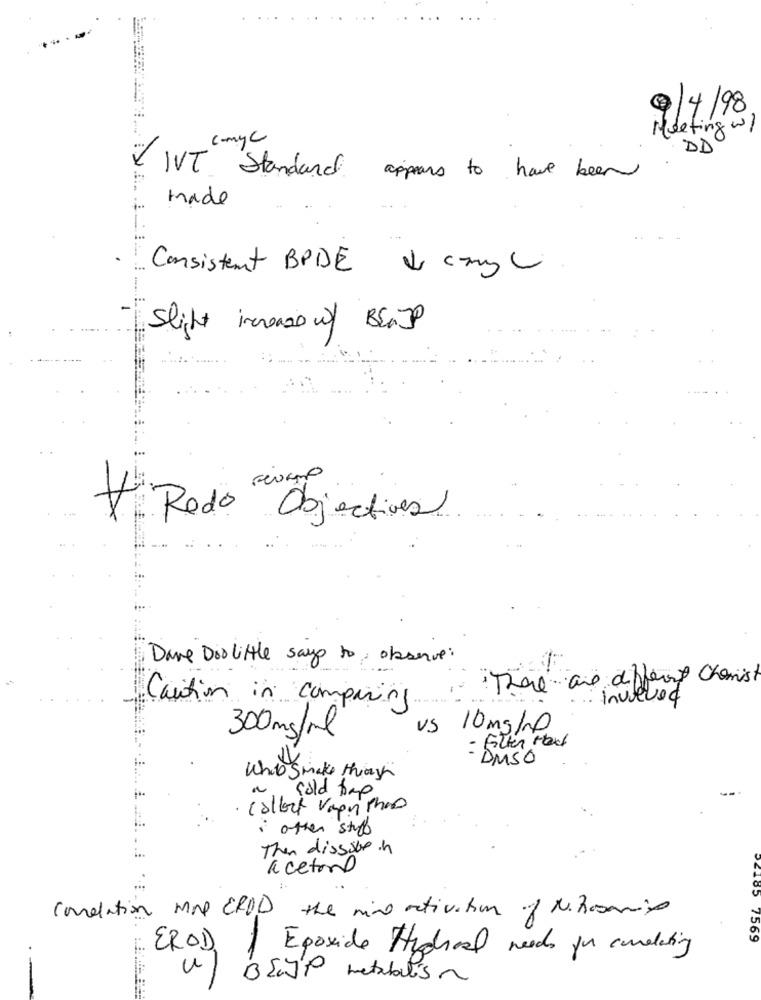
9/4/98
Meeting w/
comyc
DD
V IVT Standard
appears to have been
made
Consistent BPDE & cary
Slight increase w/ BENJ
Ferano
Rodo Objectives
Dane Doolittle says to observe:
There are different Charis
Caution in comparin ....
inuleved
US
10 mg/l
300mg/ml
- Filter Houl
- DMSO
Whit Smake through
cold time
· collect Vagnithas
· other stuff
Then dissibe in
acetone
condation MOD EROD the mind activation of N. Rosario
7569
EROD | Epoxide Hydroal neds for conelating
(v) BEJP metabolism
.-